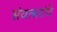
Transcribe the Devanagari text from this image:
संवत्सरांचे